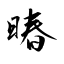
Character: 暙